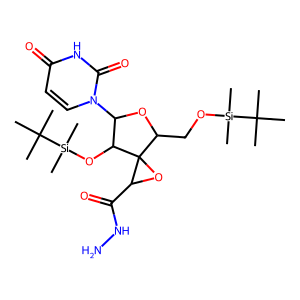
SMILES: CC(C)(C)[Si](C)(C)OCC1OC(n2ccc(=O)[nH]c2=O)C(O[Si](C)(C)C(C)(C)C)C12OC2C(=O)NN
Inhibits HIV replication: No